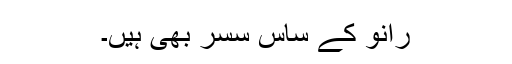
رانو کے ساس سسر بھی ہیں۔